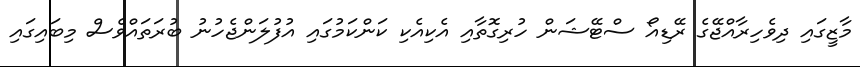
މާޒީގައި ދިވެހިރާއްޖޭގެ ރޭޑިއޯ ސްޓޭޝަން ހުރިގޮތާއި އެކިއެކި ކަންކަމުގައި އުފުލަންޖެހުނު ބުރަތައްވެސް މިބައިގައި